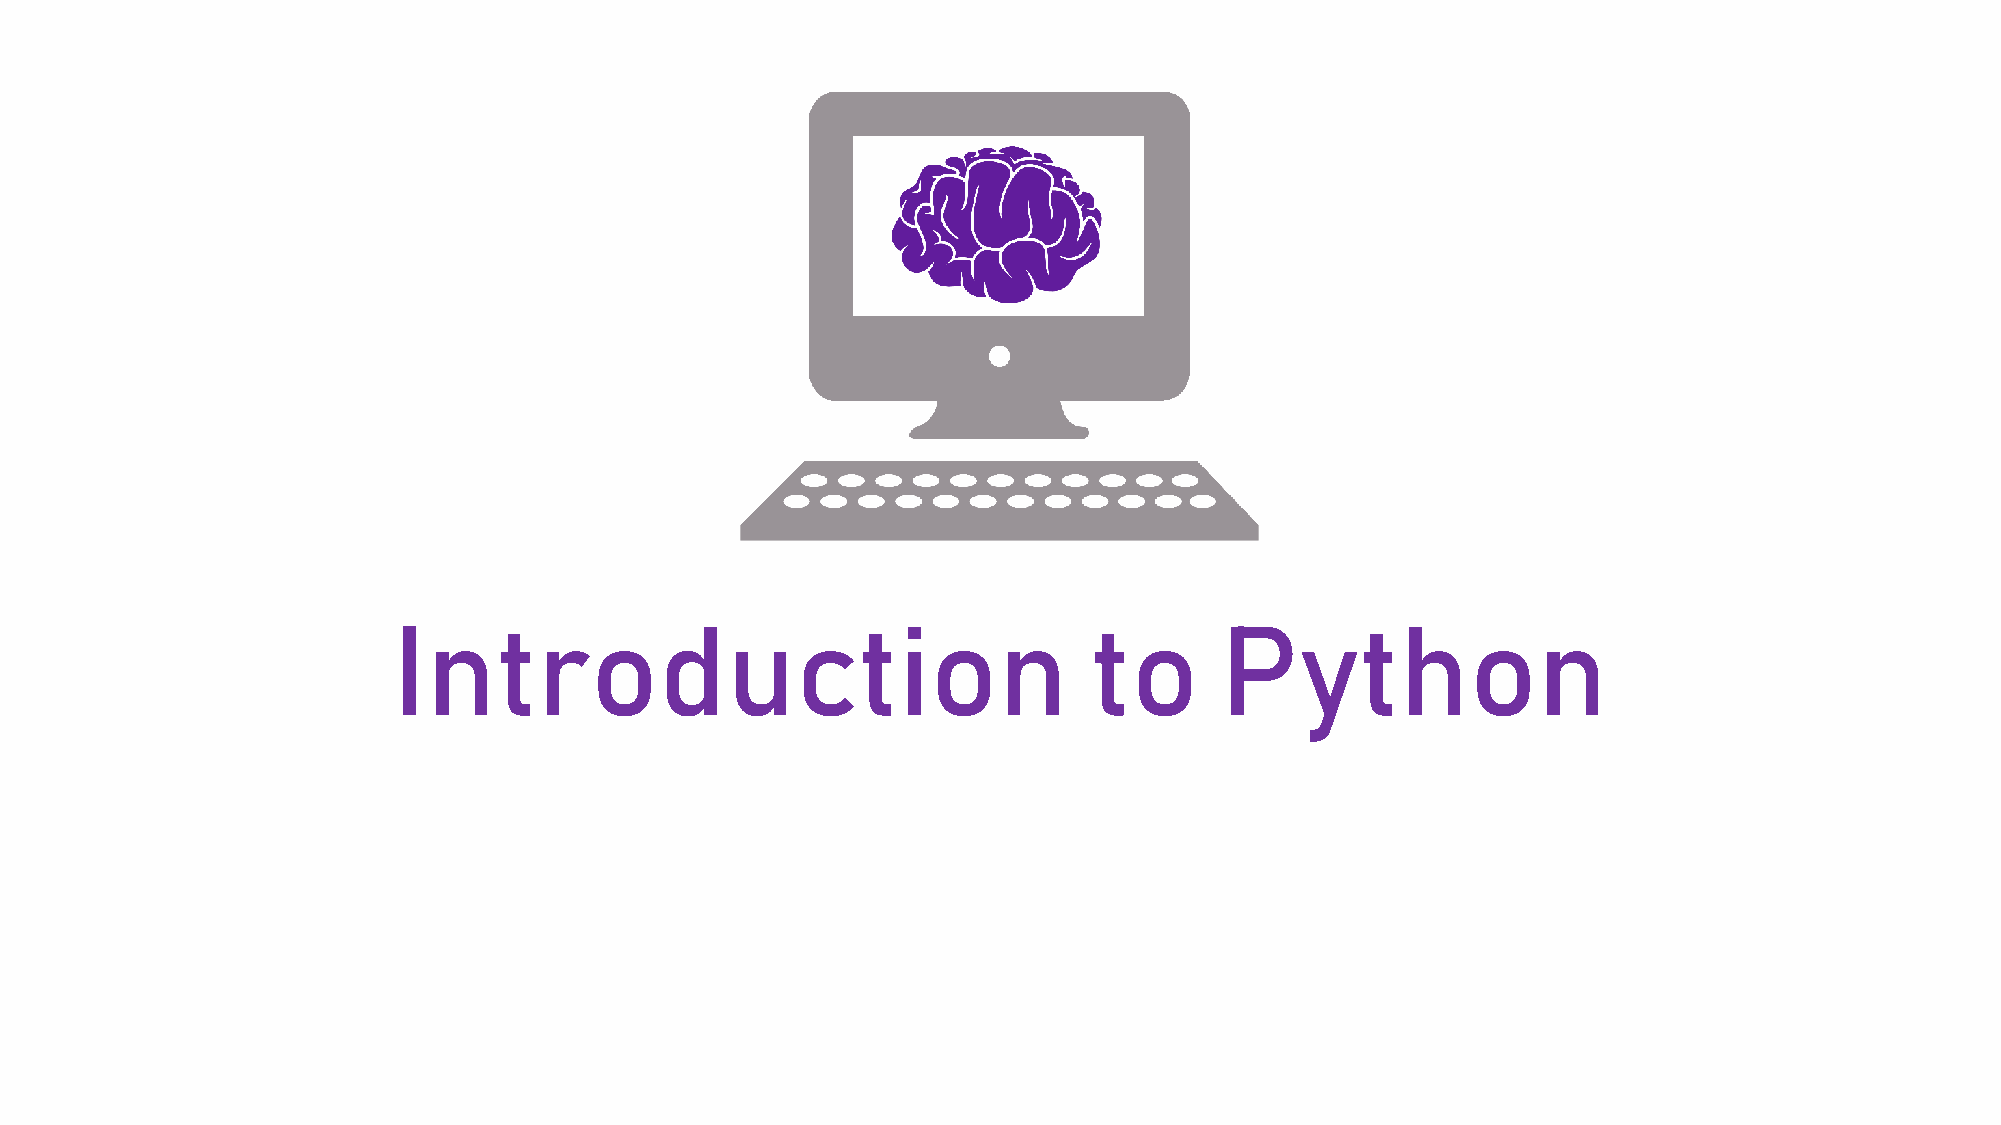
Introduction                                  to       Python